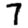
Digit: 7